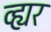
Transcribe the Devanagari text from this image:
व्ह्यर